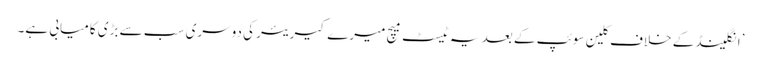
’انگلینڈ کے خلاف کلین سوئپ کے بعد یہ ٹیسٹ میچ میرے کیریئر کی دوسری سب سے بڑی کامیابی ہے۔